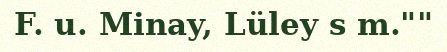
F. u. Minay, Lüley s m.""